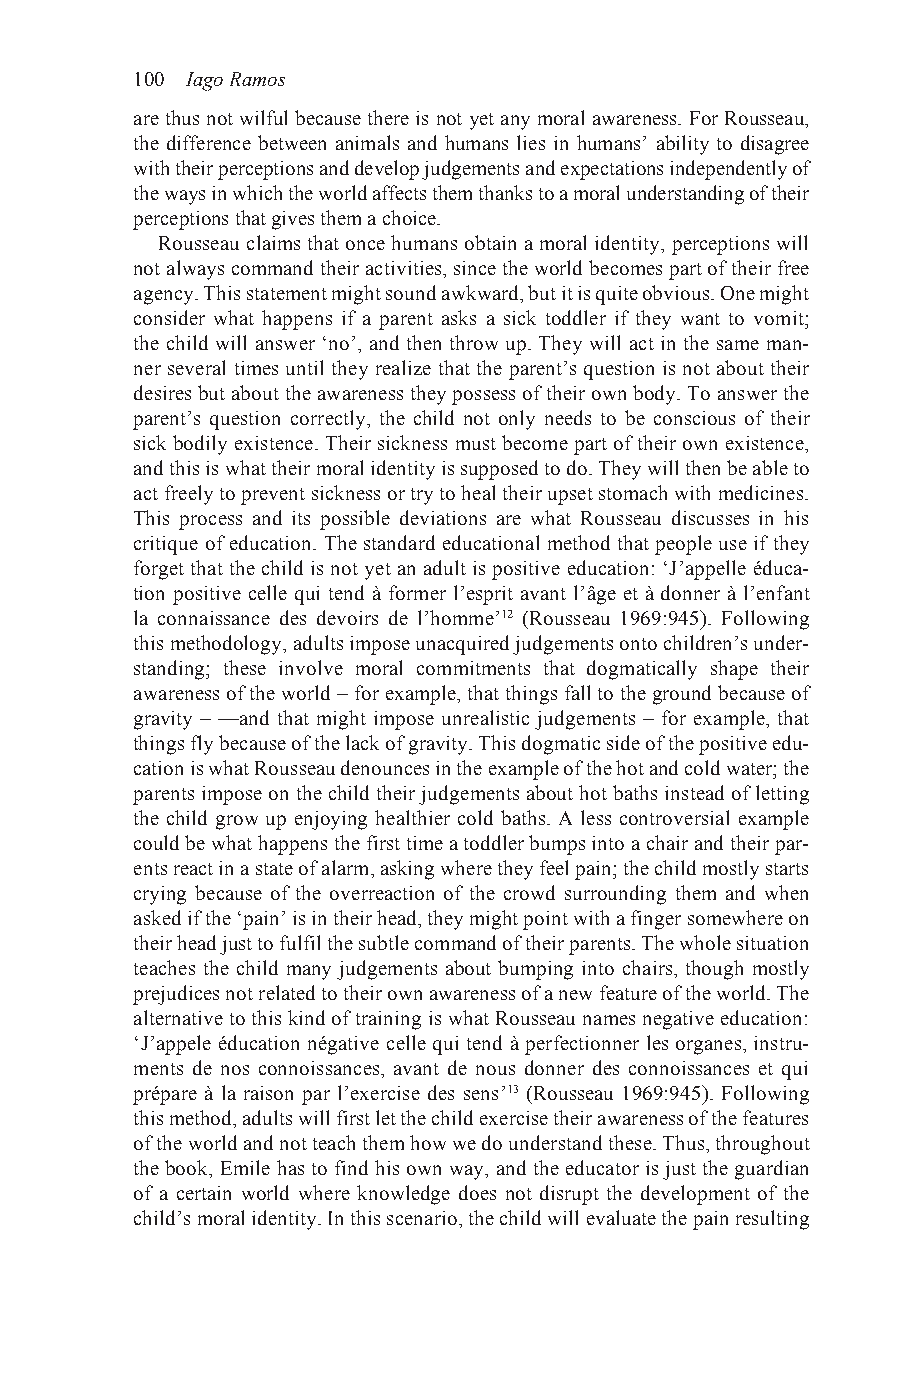
100 Iago Ramos
 are thus not wilful because there is not yet any moral awareness. For Rousseau,
 the difference between animals and humans lies in humans’ ability to disagree
 with their perceptions and develop judgements and expectations independently of
 the ways in which the world affects them thanks to a moral understanding of their
 perceptions that gives them a choice.
 Rousseau claims that once humans obtain a moral identity, perceptions will
 not always command their activities, since the world becomes part of their free
 agency. This statement might sound awkward, but it is quite obvious. One might
 consider what happens if a parent asks a sick toddler if they want to vomit;
 the child will answer ‘no’, and then throw up. They will act in the same man-
 ner several times until they realize that the parent’s question is not about their
 desires but about the awareness they possess of their own body. To answer the
 parent’s question correctly, the child not only needs to be conscious of their
 sick bodily existence. Their sickness must become part of their own existence,
 and this is what their moral identity is supposed to do. They will then be able to
 act freely to prevent sickness or try to heal their upset stomach with medicines.
 This process and its possible deviations are what Rousseau discusses in his
 critique of education. The standard educational method that people use if they
 forget that the child is not yet an adult is positive education: ‘J’appelle éduca-
 tion positive celle qui tend à former l’esprit avant l’âge et à donner à l’enfant
 la connaissance des devoirs de l’homme’12 (Rousseau 1969:945). Following
 this methodology, adults impose unacquired judgements onto children’s under-
 standing; these involve moral commitments that dogmatically shape their
 awareness of the world – for example, that things fall to the ground because of
 gravity – —and that might impose unrealistic judgements – for example, that
 things fly because of the lack of gravity. This dogmatic side of the positive edu-
 cation is what Rousseau denounces in the example of the hot and cold water; the
 parents impose on the child their judgements about hot baths instead of letting
 the child grow up enjoying healthier cold baths. A less controversial example
 could be what happens the first time a toddler bumps into a chair and their par-
 ents react in a state of alarm, asking where they feel pain; the child mostly starts
 crying because of the overreaction of the crowd surrounding them and when
 asked if the ‘pain’ is in their head, they might point with a finger somewhere on
 their head just to fulfil the subtle command of their parents. The whole situation
 teaches the child many judgements about bumping into chairs, though mostly
 prejudices not related to their own awareness of a new feature of the world. The
 alternative to this kind of training is what Rousseau names negative education:
 ‘J’appele éducation négative celle qui tend à perfectionner les organes, instru-
 ments de nos connoissances, avant de nous donner des connoissances et qui
 prépare à la raison par l’exercise des sens’13 (Rousseau 1969:945). Following
 this method, adults will first let the child exercise their awareness of the features
 of the world and not teach them how we do understand these. Thus, throughout
 the book, Emile has to find his own way, and the educator is just the guardian
 of a certain world where knowledge does not disrupt the development of the
 child’s moral identity. In this scenario, the child will evaluate the pain resulting